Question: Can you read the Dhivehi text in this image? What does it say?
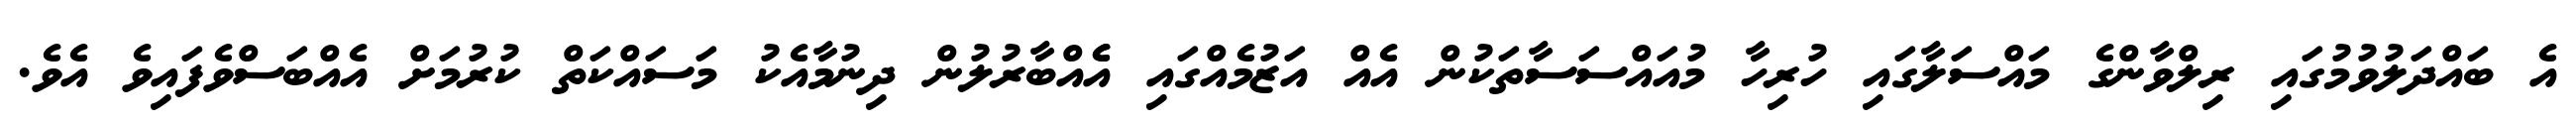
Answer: އެ ބައްދަލުވުމުގައި ރިލްވާންގެ މައްސަލާގައި ހުރިހާ މުއައްސަސާތަކުން އެއް އަޒުމެއްގައި އެެއްބާރުލުން ދިނުމާއެކު މަސައްކަތް ކުރުމަށް އެއްބަސްވެފައިވެ އެވެ.